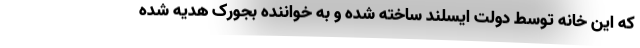
که این خانه توسط دولت ایسلند ساخته شده و به خواننده بجورک هدیه شده